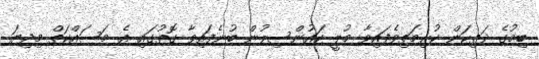
ބިމުގެ ދަތިކަން ކުރިމަތިވެފައިވާ މުލީ ކައުންސިލުން ބުނެފައިވާ ގޮތުގައި އެ މަސައްކަތް މިދިޔަ